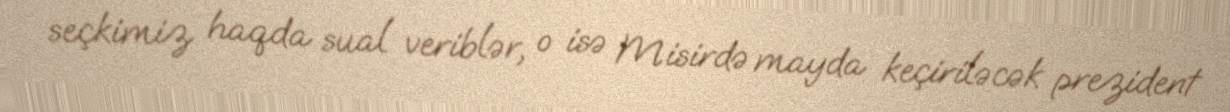
seçkimiz haqda sual veriblər, o isə Misirdə mayda keçiriləcək prezident